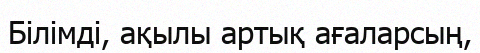
Білімді, ақылы артық ағаларсың,